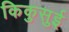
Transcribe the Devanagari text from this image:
किकुसुई